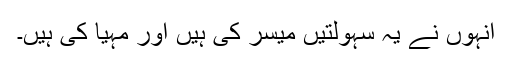
انہوں نے یہ سہولتیں میسر کی ہیں اور مہیا کی ہیں۔